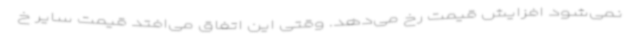
نمی‌شود افزایش قیمت رخ می‌دهد. وقتی این اتفاق می‌افتد قیمت سایر خ